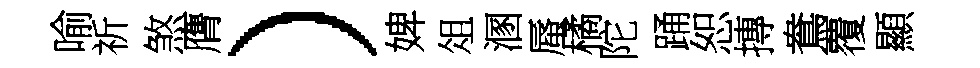
喻祈煞膺）婢俎溷蜃橘陀踊恕摶鴦覆顯